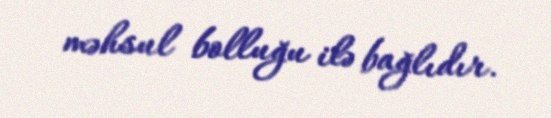
məhsul bolluğu ilə bağlıdır.